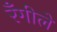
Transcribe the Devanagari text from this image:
रँगीले